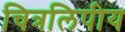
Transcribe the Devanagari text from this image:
चित्रलिपीय